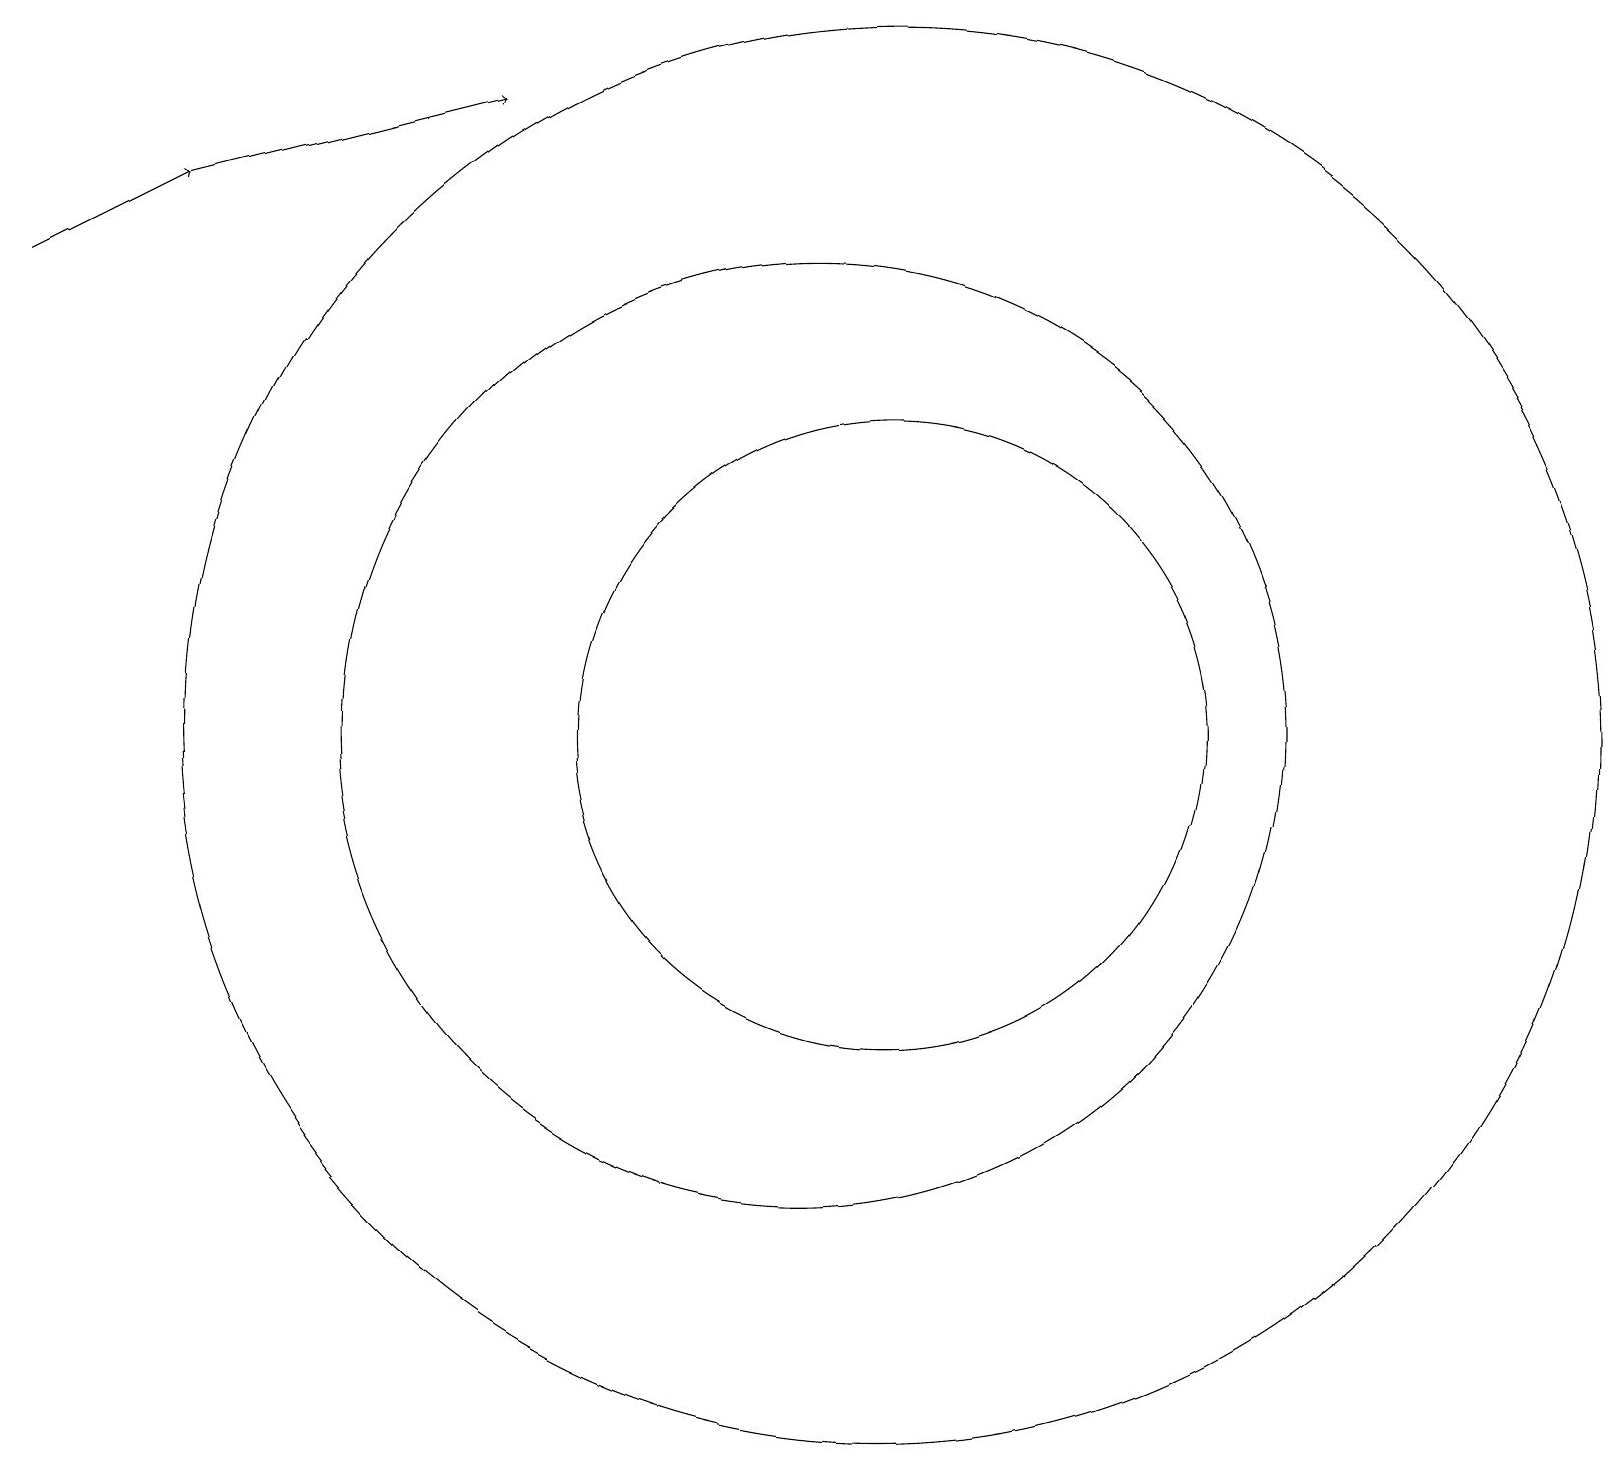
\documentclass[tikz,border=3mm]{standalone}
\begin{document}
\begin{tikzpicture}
\draw (10,11) circle (6);
\draw[->] (2,18) -- (6,19);
\draw[->] (0,17) -- (2,18);
\draw (11,11) circle (4);
\draw (11,11) circle (9);
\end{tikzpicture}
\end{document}